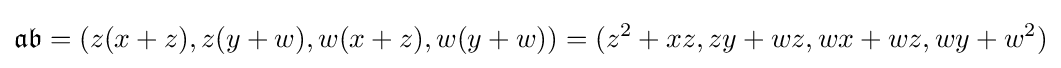
{\mathfrak {a}}{\mathfrak {b}}=(z(x+z),z(y+w),w(x+z),w(y+w))=(z^{2}+xz,zy+wz,wx+wz,wy+w^{2})